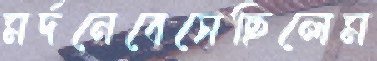
মর্দনেবেসেছিলেম